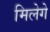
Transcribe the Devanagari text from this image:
मिलेगे